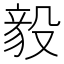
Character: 𬆫